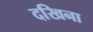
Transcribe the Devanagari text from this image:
दखिना